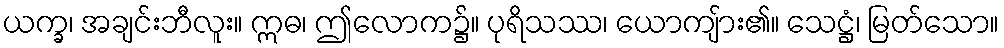
ယက္ခ၊ အချင်းဘီလူး။ ဣဓ၊ ဤလောက၌။ ပုရိသဿ၊ ယောကျ်ား၏။ သေဋ္ဌံ၊ မြတ်သော။